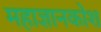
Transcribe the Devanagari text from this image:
महाज्ञानकोश